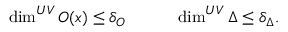
\dim ^ { U V } O ( x ) \leq \delta _ { O } \qquad \quad \dim ^ { U V } \Delta \leq \delta _ { \Delta } .